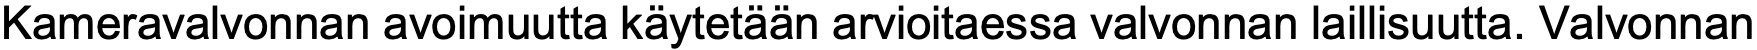
Kameravalvonnan avoimuutta käytetään arvioitaessa valvonnan laillisuutta. Valvonnan